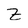
Character: Z